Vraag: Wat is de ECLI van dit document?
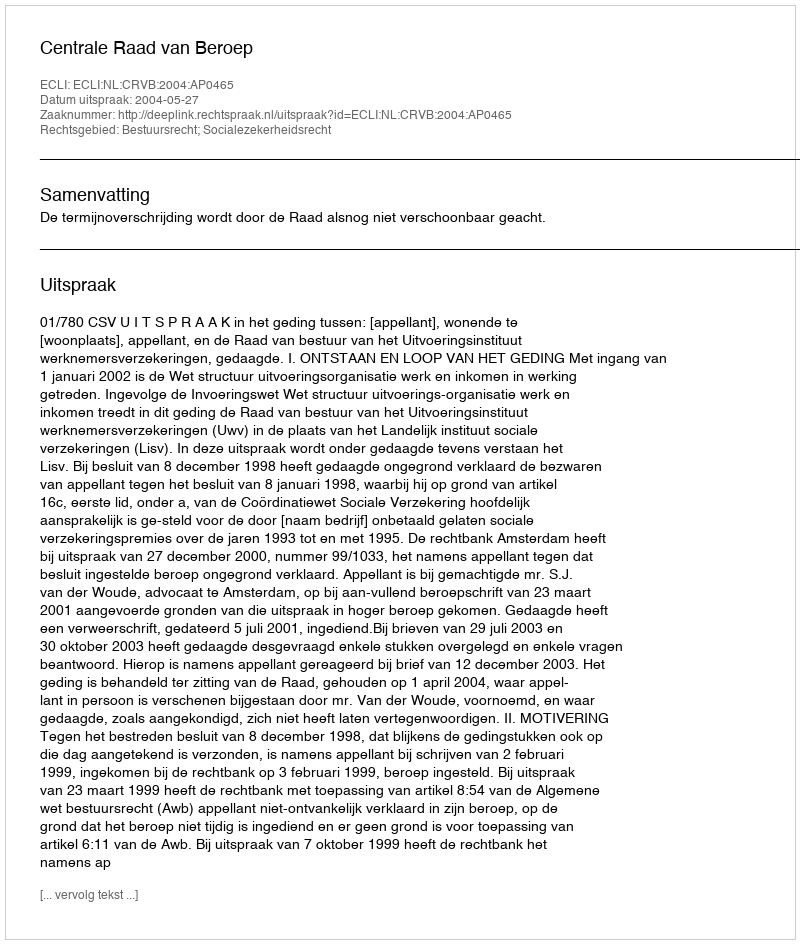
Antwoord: ECLI:NL:CRVB:2004:AP0465